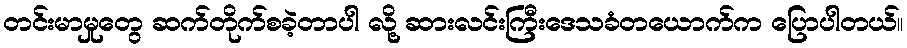
တင်းမာမှုတွေ ဆက်တိုက်စခဲ့တာပါ လို့ ဆားလင်းကြီးဒေသခံတယောက်က ပြောပါတယ်။